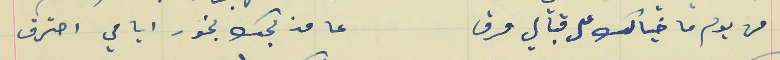
من يوم ما خيالك على قبالي مرق                                   عا مذبحك بخور ايامي احترق